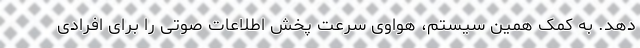
دهد. به کمک همین سیستم، هواوی سرعت پخش اطلاعات صوتی را برای افرادی